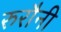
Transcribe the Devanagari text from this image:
रुरौनी